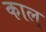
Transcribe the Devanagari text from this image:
काल्